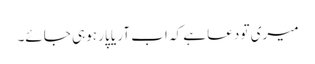
میری تو دعا ہے کہ اب آر یا پار ہوہی جائے۔